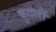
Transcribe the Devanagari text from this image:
कुवारीं